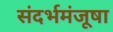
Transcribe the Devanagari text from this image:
संदर्भमंजूषा